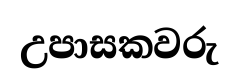
උපාසකවරු